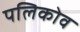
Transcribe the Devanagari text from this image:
पलिकोव